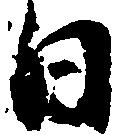
日